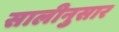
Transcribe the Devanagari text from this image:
सालीनुसार